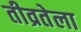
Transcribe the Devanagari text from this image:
तीव्रतेला